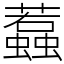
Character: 蠚